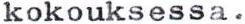
kokouksessa.